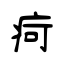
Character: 疴